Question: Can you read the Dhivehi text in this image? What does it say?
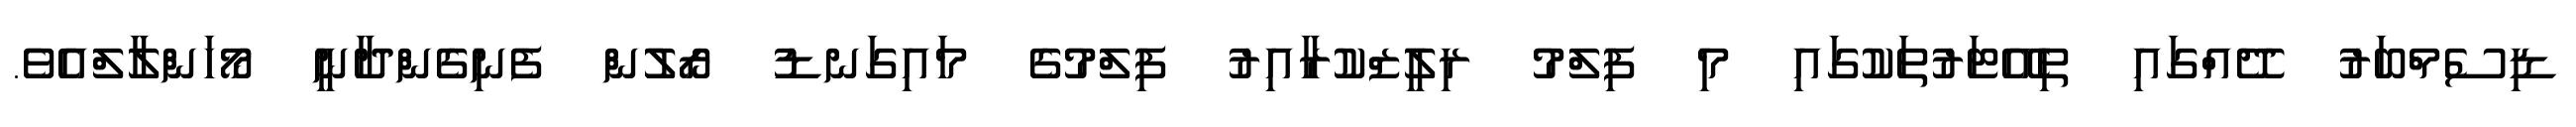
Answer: ޑިސެމްބަރު ދޭއްގައި ތިއޭޓަރުތަކުގައި މި ފިލްމު ރިލީޒްކުރާއިރު ފިލްމުގެ މައިގަނޑު ރޯލުން ފެނިގެންދާނީ މޯހަންލާލްއެވެ.